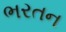
ભરતન